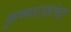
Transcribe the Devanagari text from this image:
कृष्णरावांचा